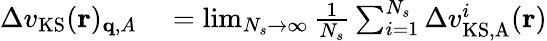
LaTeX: \begin{array}{rl}{\Delta v_{\mathrm{KS}}(\mathbf{r})_{\mathbf{q},A}}&{{}=\operatorname*{lim}_{N_{s}\to\infty}\frac{1}{N_{s}}\sum_{i=1}^{N_{s}}\Delta v_{\mathrm{KS,A}}^{i}(\mathbf{r})}\end{array}